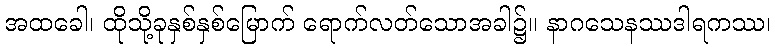
အထခေါ၊ ထိုသို့ခုနှစ်နှစ်မြောက် ရောက်လတ်သောအခါ၌။ နာဂသေနဿဒါရကဿ၊